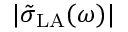
| \tilde { \sigma } _ { \mathrm { L A } } ( \omega ) |